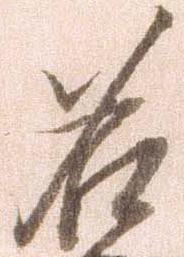
名